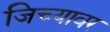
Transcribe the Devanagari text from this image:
जिच्यावर